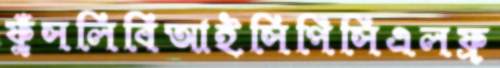
ফুঁসলিবিআইসিপিসিএলফ্র্